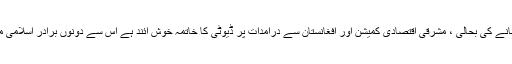
وزیر خارجہ کا افغانستان کا دورہ ، جلال آباد قونصل خانے کی بحالی ، مشرقی اقتصادی کمیشن اور افغانستان سے درآمدات پر ڈیوٹی کا خاتمہ خوش آئند ہے اس سے دونوں برادر اسلامی ممالک کے تعلقات بڑھیں گے اور دوریاں ختم ہوں گی ۔